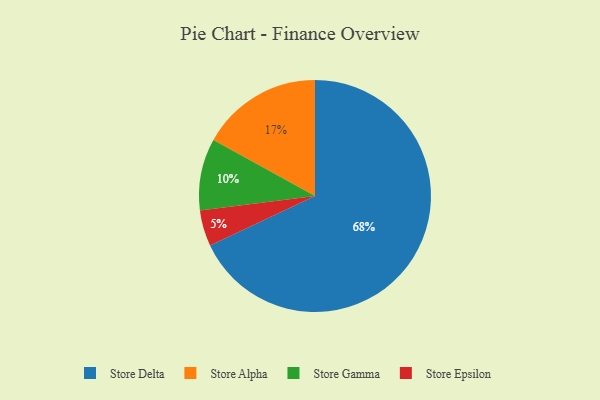
{"axis": {"x": "Category", "y": "Percentage"}, "legend": ["Store Alpha", "Store Delta", "Store Epsilon", "Store Gamma"], "data": [{"x": "Store Gamma", "y": 10, "type": "Store Gamma"}, {"x": "Store Delta", "y": 68, "type": "Store Delta"}, {"x": "Store Epsilon", "y": 5, "type": "Store Epsilon"}, {"x": "Store Alpha", "y": 17, "type": "Store Alpha"}]}